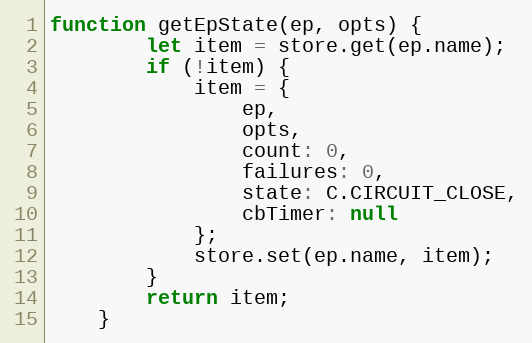
Language: JavaScript
function getEpState(ep, opts) {
		let item = store.get(ep.name);
		if (!item) {
			item = {
				ep,
				opts,
				count: 0,
				failures: 0,
				state: C.CIRCUIT_CLOSE,
				cbTimer: null
			};
			store.set(ep.name, item);
		}
		return item;
	}